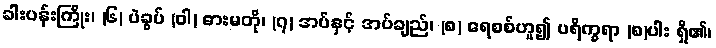
ခါးပန်းကြိုး၊ (၆) ပဲခွပ် (ဝါ) ဓားမတို၊ (၇) အပ်နှင့် အပ်ချည်၊ (၈) ရေစစ်ဟူ၍ ပရိက္ခရာ (၈)ပါး ရှိ၏၊